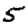
Digit: 5